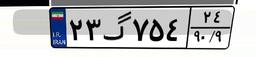
۰۰گ۹۹۶۰۲